Board of Education Examinations in Art and in Science and Technology, and Examinations of the City and Guilds of London Institute, 1916, 1916
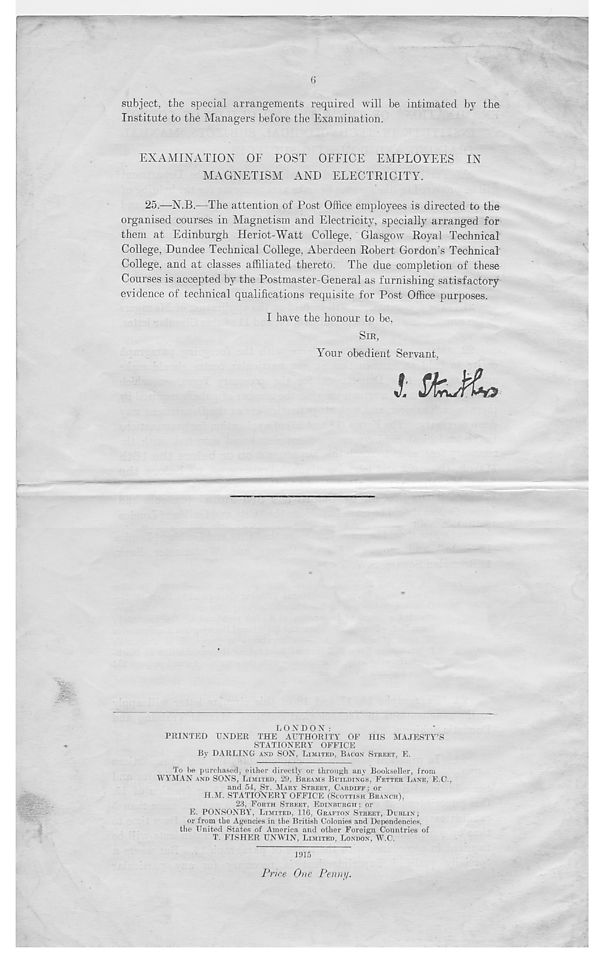
subject, the special arrangements required will be intimated by the
Institute to the Managers before the Examination.
EXAMINATION OF POST OFFICE EMPLOYEES IN
MAGNETISM AND ELECTRICITY.
25.—N.B.—The attention of Post Office employees is directed to the
organised courses in Magnetism and Electricity, specially arranged for
them at Edinburgh Heriot-Watt College, Glasgow Royal Technical
College, Dundee Technical College, Aberdeen Robert Gordon s Technical
College, and at classes affiliated thereto. The due completion of these
Courses is accepted by the Postmaster-General as furnishing satisfactory
evidence of technical qualifications requisite for Post Office purposes.
I have the honour to be,
SIR,
Your obedient Servant,
LONDON:
PRINTED UNDER THE AUTHORITY OF HIS MAJESTY’S
STATIONERY OFFICE
By DARLING AND SON, LIMITED, BACON STREET, E.
To be purchased, either directly or through any Bookseller, from
WYMAN AND SONS, LIMITED, 29, BREAMS BUILDINGS, FETTER LANE, E.C.,
and 54, ST. MART STREET, CARDIFF; or
H.M. STATIONERY OFFICE (SCOTTISH BRANCH),
23, FORTH STREET, EDINBURGH; or
E. PONSONBY, LIMITED, 116, GRAFTON STREET, DUBLIN;
or from the Agencies in the British Colonies and Dependencies,
the United States of America and other Foreign Countries of
T. FISHER UNWIN, LIMITED. LONDON, W.C.
1915
P/ "ice One Penny.